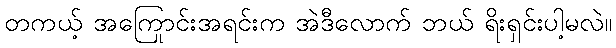
တကယ့် အကြောင်းအရင်းက အဲဒီလောက် ဘယ် ရိုးရှင်းပါ့မလဲ။